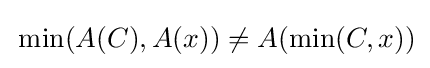
\,\min(A(C),A(x))\neq A(\min(C,x))